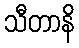
သီတာနိ